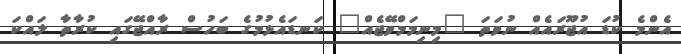
އެންމެ ކުޑަ އުޖޫރައެއް ނުވަތަ "މިނިމަމްވޭޖެއް" ކަނޑައެޅުމުގެ ބަހުސް ރާއްޖޭގައި ކުރާތާ ލައްކަ